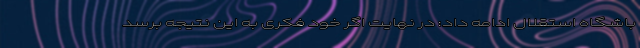
باشگاه استقلال ادامه داد: در نهایت اگر خود فکری به این نتیجه برسد